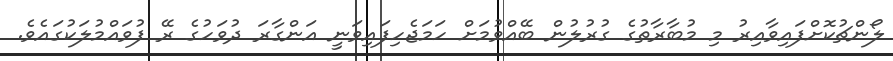
ލޯންޗުކޮށްފައިވާއިރު މި މުބާރާތުގެ ގުރުލުން ބޭއްވުމަށް ހަމަޖެހިފައިވަނީ އަންގާރަ ދުވަހުގެ ރޭ ފުވައްމުލަކުގައެވެ.